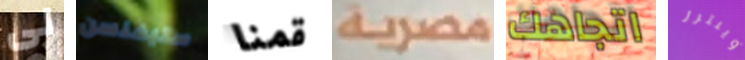
لى ستيفنسن قمنا مصرية اتجاهك وينترز